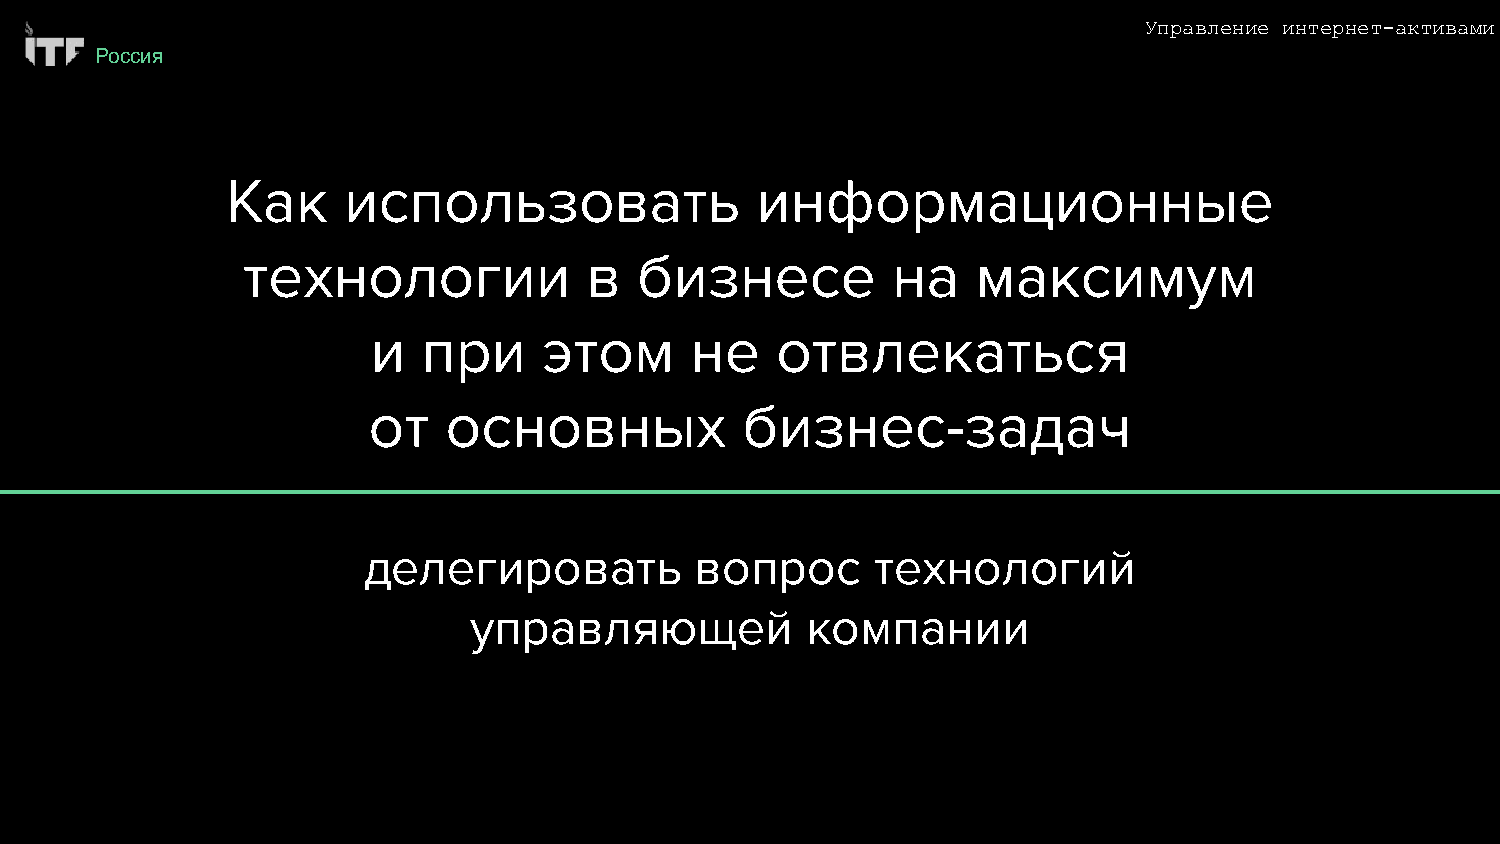
Управление интернет-активами
 Россия
 Как     использовать               информационные
 технологии             в  бизнесе          на    максимум
 и  при     этом      не   отвлекаться
 от   основных            бизнес-задач
 делегировать          вопрос      технологий
 управляющей           компании